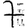
Digit: 7